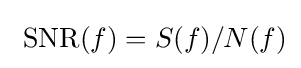
\ \mathrm {SNR} (f)=S(f)/N(f)